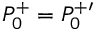
P _ { 0 } ^ { + } = P _ { 0 } ^ { + \prime }